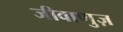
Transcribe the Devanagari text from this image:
जीवाणुज़